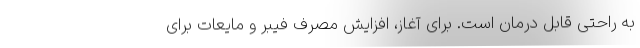
به راحتی قابل درمان است. برای آغاز، افزایش مصرف فیبر و مایعات برای